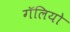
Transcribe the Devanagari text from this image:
गॅलियो